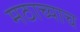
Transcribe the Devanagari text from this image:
मठाच्याच